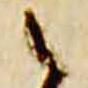
之